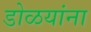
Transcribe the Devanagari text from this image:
डोळयांना